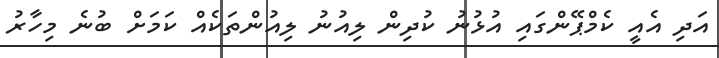
އަދި އެެއީ ކެމްޕޭންގައި އުޅުނު ކުދިން ލިއުނު ލިއުންތަކެއް ކަމަށް ބުނެ މިހާރު